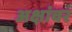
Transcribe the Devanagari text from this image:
अक्षांवर